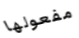
مفعولها